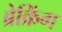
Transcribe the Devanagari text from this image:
ब्रेक्रिंग